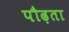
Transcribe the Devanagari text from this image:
पौढ़ता